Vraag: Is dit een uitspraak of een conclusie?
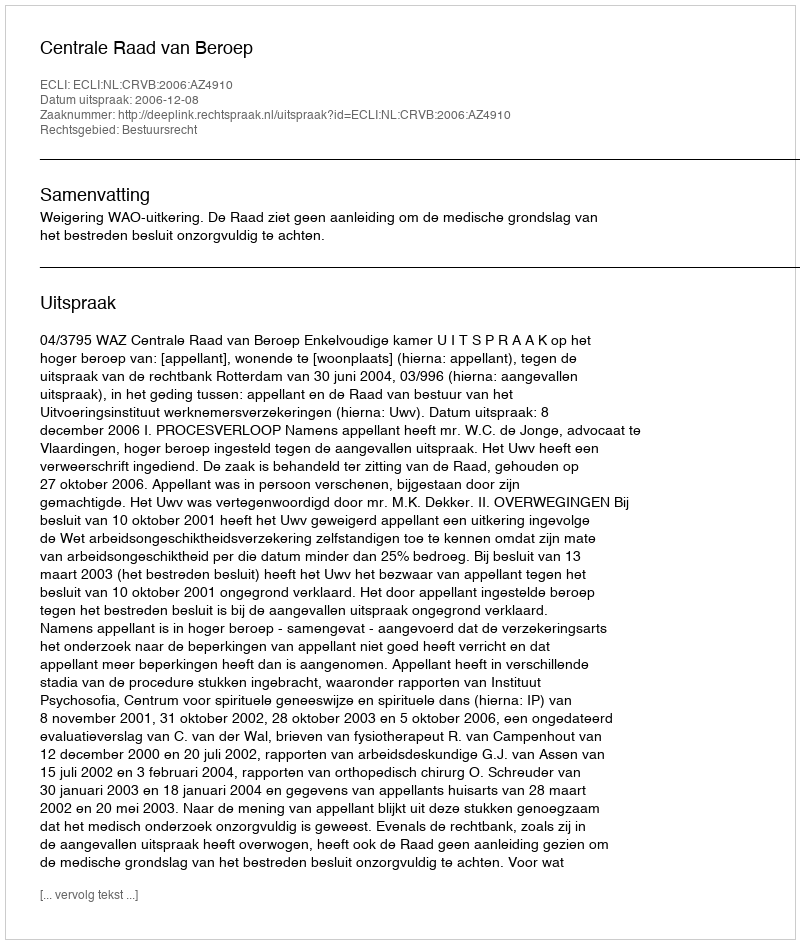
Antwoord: Uitspraak